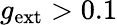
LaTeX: g_{\mathrm{ext}}>0.1